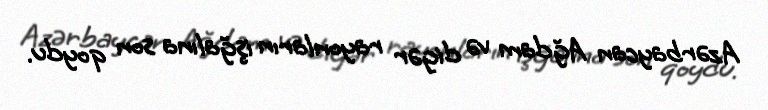
Azərbaycan Ağdam və digər rayonların işğalına son qoydu.